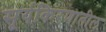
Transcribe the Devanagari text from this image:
सूर्यकिरणातील